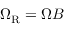
\Omega _ { \mathrm { R } } = \Omega B